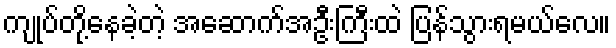
ကျုပ်တို့နေခဲ့တဲ့ အဆောက်အဦးကြီးထဲ ပြန်သွားရမယ်လေ။